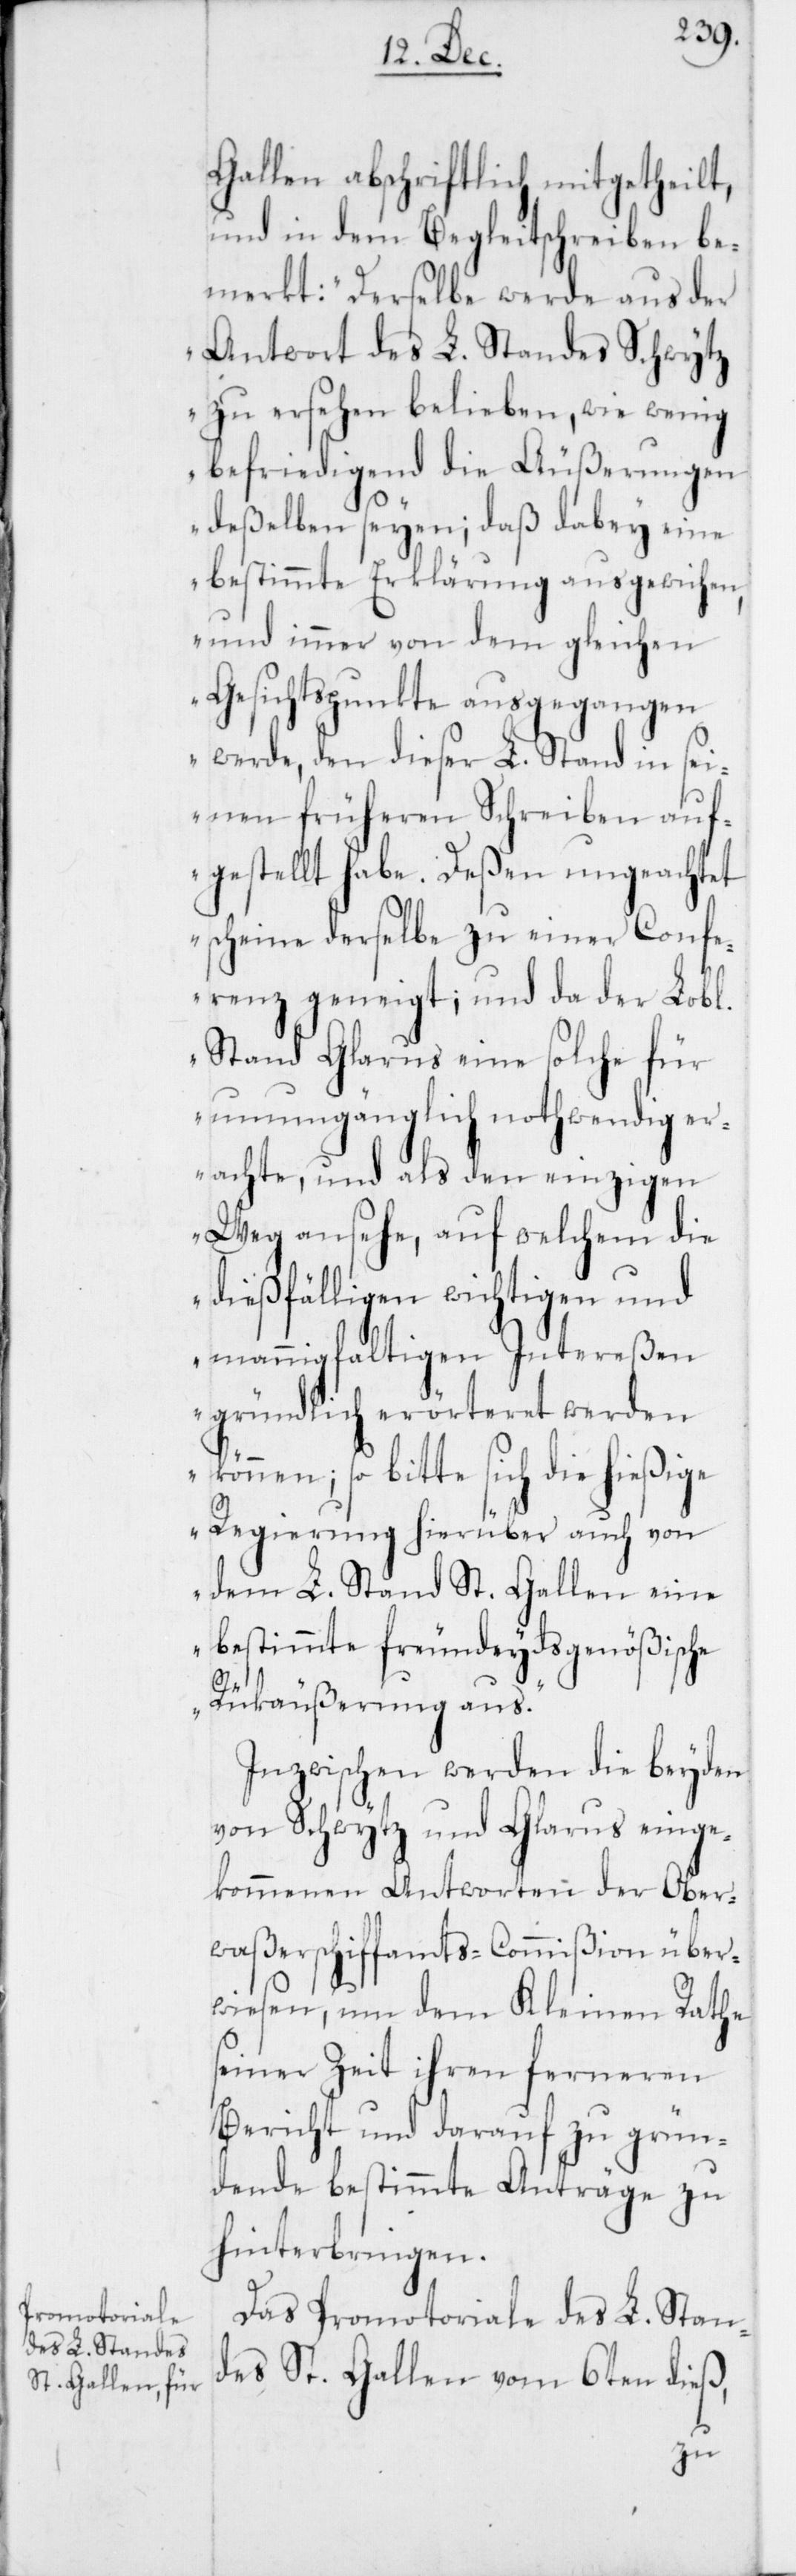
Gallen abschriftlich mitgetheilt,
und in dem Begleitschreiben be¬
merkt: „Derselbe werde aus der
Antwort des L. Standes Schwytz
zu ersehen belieben, wie wenig
befriedigend die Äußerungen
deßelben seyen; daß dabey eine
bestimmte Erklärung ausgewichen,
und immer von dem gleichen
Gesichtspunkte ausgegangen
werde, den dieser L. Stand in sei¬
nen früheren Schreiben auf¬
gestellt habe. Deßen ungeachtet
scheine derselbe zu einer Confe¬
renz geneigt; und da der Lob[l¬
Stand Glarus eine solche für
unumgänglich nothwendig er¬
achte, und als den einzigen
Weg ansehe, auf welchem die
dießfälligen wichtigen und
mannigfaltigen Intereßen
gründlich erörteret werden
können; so bitte sich die hießige
Regierung hierüber auch von
dem L. Stand St. Gallen eine
bestimmte freundeydsgenößische
Rükäußerung aus.“
Inzwischen werden die beyden
von Schwytz und Glarus einge¬
kommenen Antworten der Ober¬
waßerschiffamts-Commißion über¬
wiesen, um dem Kleinen Rathe
seiner Zeit ihren ferneren
Bericht und darauf zu grün¬
dende bestimmte Anträge zu
hinterbringen.
Das Promotoriale des L. Stan¬
des St. Gallen vom 6ten dieß,
ichen]